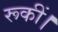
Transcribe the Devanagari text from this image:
रूकीं।